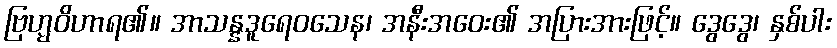
ဗြဟ္မဝိဟာရ၏။ အာသန္နဒူရေဝသေန၊ အနီးအဝေး၏ အပြားအားဖြင့်။ ဒွေဒွေ၊ နှစ်ပါး